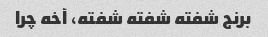
برنج شفته شفته شفته، آخه چرا